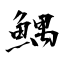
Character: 鰅